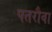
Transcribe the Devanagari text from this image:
पतरौवा